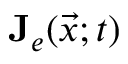
\mathbf { J } _ { e } ( \vec { x } ; t )